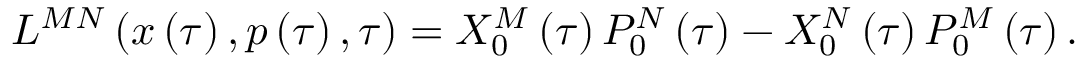
L ^ { M N } \left( x \left( \tau \right) , p \left( \tau \right) , \tau \right) = X _ { 0 } ^ { M } \left( \tau \right) P _ { 0 } ^ { N } \left( \tau \right) - X _ { 0 } ^ { N } \left( \tau \right) P _ { 0 } ^ { M } \left( \tau \right) .